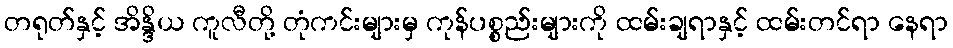
တရုတ်နှင့် အိန္ဒိယ ကူလီတို့ တုံကင်းများမှ ကုန်ပစ္စည်းများကို ထမ်းချရာနှင့် ထမ်းတင်ရာ နေရာ